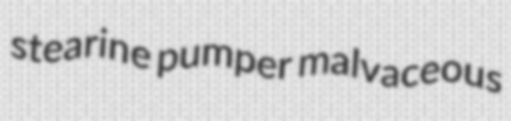
stearine pumper malvaceous